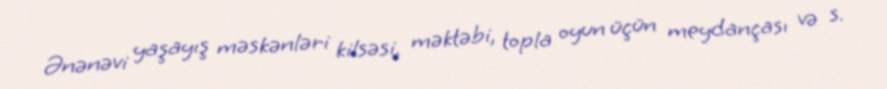
Ənənəvi yaşayış məskənləri kilsəsi, məktəbi, topla oyun üçün meydançası və s.